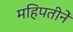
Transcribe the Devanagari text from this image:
महिपतीनें